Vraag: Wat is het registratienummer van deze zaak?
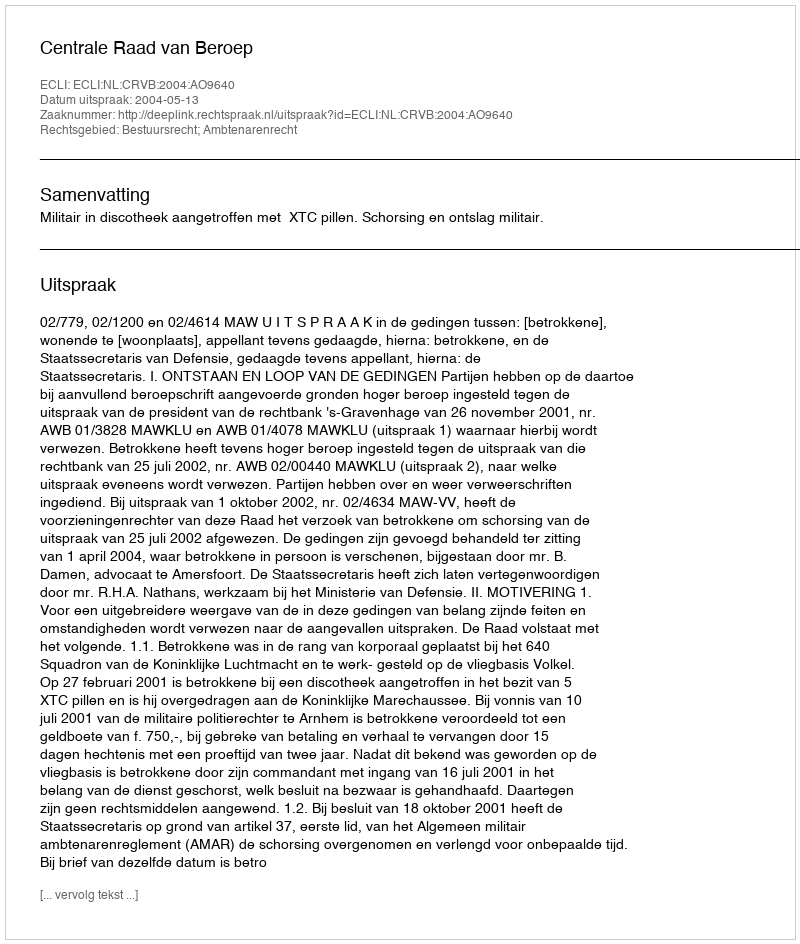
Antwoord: http://deeplink.rechtspraak.nl/uitspraak?id=ECLI:NL:CRVB:2004:AO9640